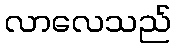
လာလေသည်